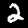
Label: 2